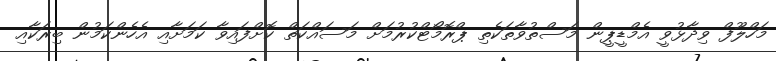
މަހްލޫފް ވިދާޅުވީ އެމްޑީޕީން މަސްތުވާތަކެތި ޕްރޮމޯޓްކުރުމަށް މަސައްކަތް ކޮށްފައިވާ ކަމަށާއި އެހެންކަމުން ބިރަކާއި